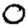
Digit: 0